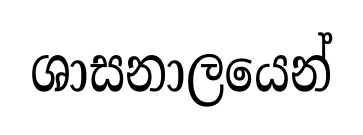
ශාසනාලයෙන්